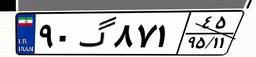
۹۰گ۸۷۱۴۵